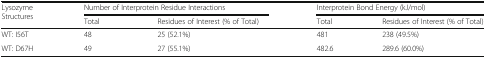
| <ROWSPAN=2> Lysozyme Structures | <COLSPAN=2> Number of Interprotein Residue Interactions | <COLSPAN=2> Interprotein Bond Energy (kJ/mol) |
 | Total | Residues of Interest (% of Total) | Total | Residues of Interest (% of Total) |
 | --- | --- | --- | --- | --- |
 | WT: I56T | 48 | 25 (52.1%) | 481 | 238 (49.5%) |
 | WT: D67H | 49 | 27 (55.1%) | 482.6 | 289.6 (60.0%) |